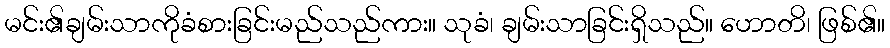
မင်း၏ချမ်းသာကိုခံစားခြင်းမည်သည်ကား။ သုခံ၊ ချမ်းသာခြင်းရှိသည်။ ဟောတိ၊ ဖြစ်၏။